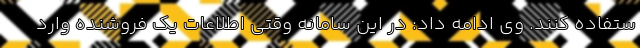
ستفاده کنند. وی ادامه داد: در این سامانه وقتی اطلاعات یک فروشنده وارد